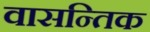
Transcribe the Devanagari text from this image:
वासन्तिक